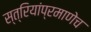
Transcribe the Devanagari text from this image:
स्त्रियांप्रमाणेच